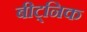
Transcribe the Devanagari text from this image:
बीट्निक